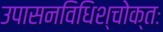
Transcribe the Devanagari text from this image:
उपासनविधिश्चोक्तः